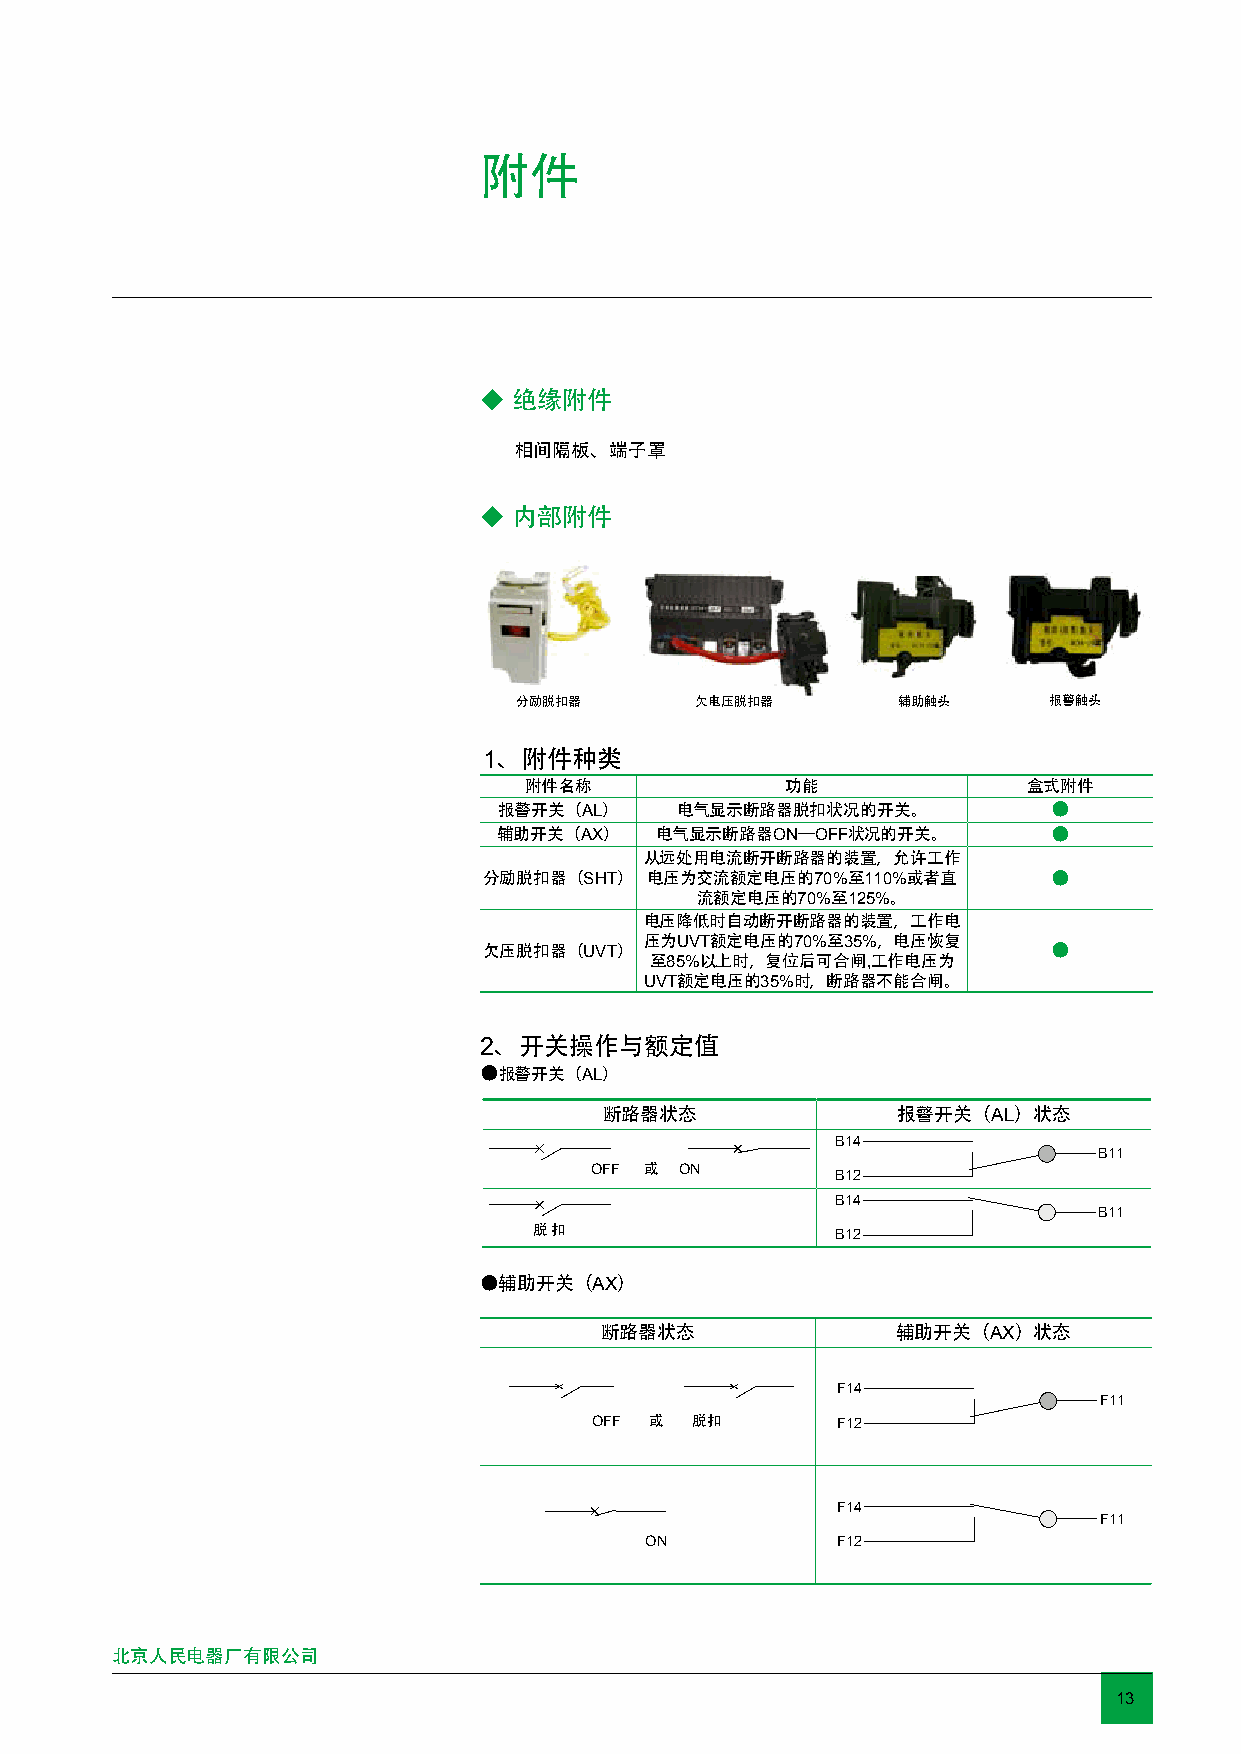
附件
 ◆ 绝缘附件
 相间隔板、端子罩
 ◆ 内部附件
 分励脱扣器       欠电压脱扣器       辅助触头      报警触头
 1、附件种类
 附件名称             功能              盒式附件
 报警开关（AL）    电气显示断路器脱扣状况的开关。          ●
 辅助开关（AX）  电气显示断路器ON—OFF状况的开关。        ●
 从远处用电流断开断路器的装置，允许工作
 分励脱扣器（SHT） 电压为交流额定电压的70%至110%或者直      ●
 流额定电压的70%至125%。
 电压降低时自动断开断路器的装置，工作电
 压为UVT额定电压的70%至35%，电压恢复
 欠压脱扣器（UVT）                            ●
 至85%以上时，复位后可合闸,工作电压为
 UVT额定电压的35%时，断路器不能合闸。
 2、开关操作与额定值
 ●报警开关（AL）
 断路器状态              报警开关（AL）状态
 B14
 B11
 OFF 或 ON        B12
 B14
 B11
 脱 扣                 B12
 ●辅助开关（AX）
 断路器状态              辅助开关（AX）状态
 F14
 F11
 OFF 或  脱扣       F12
 F14
 F11
 ON          F12
 北京人民电器厂有限公司
 13